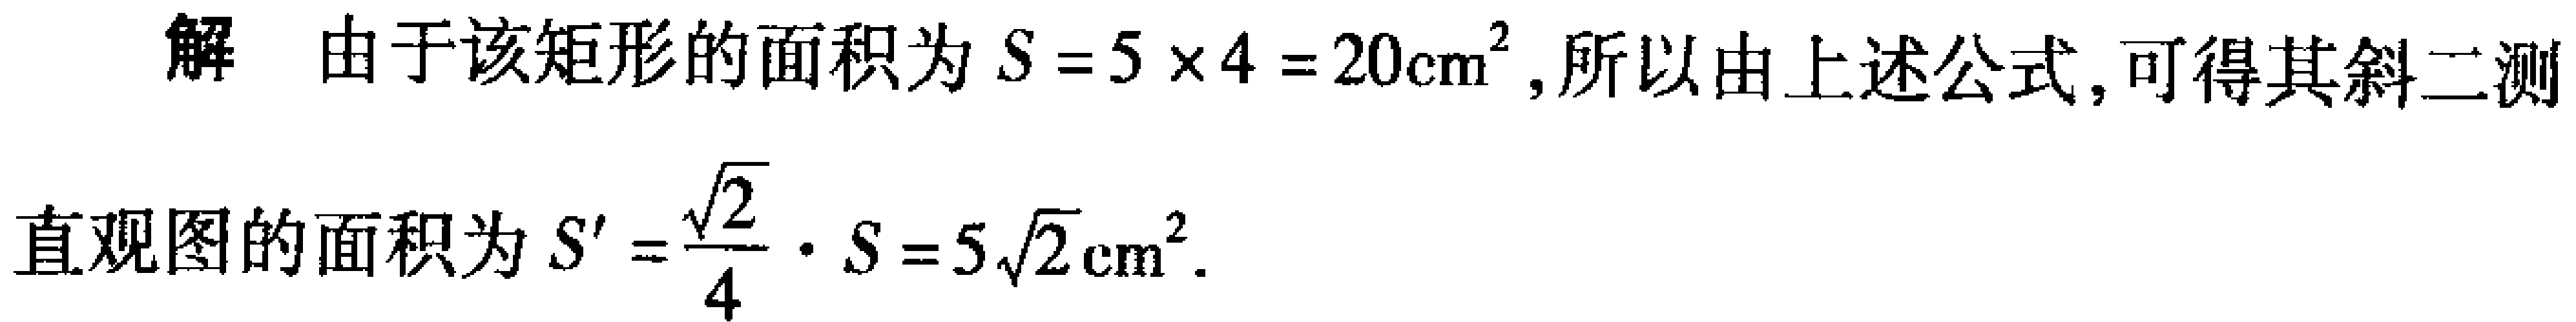
解 由于该矩形的面积为 \(S = 5\times4 = 20\text{cm}^2\), 所以由上述公式, 可得其斜二测
直观图的面积为 \(S'=\frac{\sqrt{2}}{4}\cdot S = 5\sqrt{2}\text{cm}^2\).